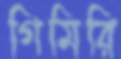
গিমিরি